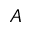
A